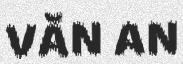
VĂN AN